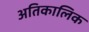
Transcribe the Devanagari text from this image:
अतिकालिक